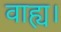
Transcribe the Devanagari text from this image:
वाह्य।